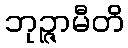
ဘုဉ္ဇာမီတိ